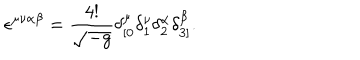
\epsilon ^ { \mu \nu \alpha \beta } = \frac { 4 ! } { \sqrt { - g } } \delta _ { [ 0 } ^ { \mu } \delta _ { 1 } ^ { \nu } \delta _ { 2 } ^ { \alpha } \delta _ { 3 ] } ^ { \beta } .